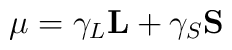
{\bf \mu} = \gamma_L {\bf L} +\gamma_S {\bf S}